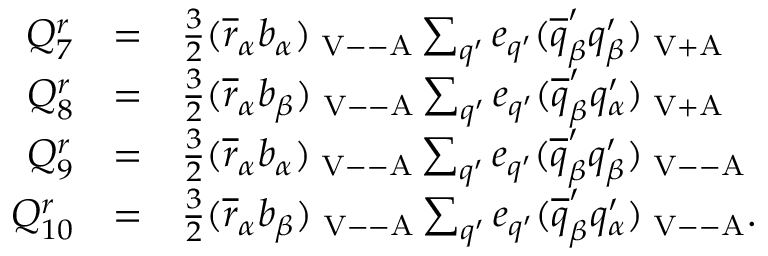
\begin{array} { r c l } { { Q _ { 7 } ^ { r } } } & { { = } } & { { \frac { 3 } { 2 } ( \overline { { { r } } } _ { \alpha } b _ { \alpha } ) _ { \mathrm { { \scriptsize ~ V - - A } } } \sum _ { q ^ { \prime } } e _ { q ^ { \prime } } ( \overline { { { q } } } _ { \beta } ^ { \prime } q _ { \beta } ^ { \prime } ) _ { \mathrm { { \scriptsize ~ V + A } } } } } \\ { { Q _ { 8 } ^ { r } } } & { { = } } & { { \frac { 3 } { 2 } ( \overline { { { r } } } _ { \alpha } b _ { \beta } ) _ { \mathrm { { \scriptsize ~ V - - A } } } \sum _ { q ^ { \prime } } e _ { q ^ { \prime } } ( \overline { { { q } } } _ { \beta } ^ { \prime } q _ { \alpha } ^ { \prime } ) _ { \mathrm { { \scriptsize ~ V + A } } } } } \\ { { Q _ { 9 } ^ { r } } } & { { = } } & { { \frac { 3 } { 2 } ( \overline { { { r } } } _ { \alpha } b _ { \alpha } ) _ { \mathrm { { \scriptsize ~ V - - A } } } \sum _ { q ^ { \prime } } e _ { q ^ { \prime } } ( \overline { { { q } } } _ { \beta } ^ { \prime } q _ { \beta } ^ { \prime } ) _ { \mathrm { { \scriptsize ~ V - - A } } } } } \\ { { Q _ { 1 0 } ^ { r } } } & { { = } } & { { \frac { 3 } { 2 } ( \overline { { { r } } } _ { \alpha } b _ { \beta } ) _ { \mathrm { { \scriptsize ~ V - - A } } } \sum _ { q ^ { \prime } } e _ { q ^ { \prime } } ( \overline { { { q } } } _ { \beta } ^ { \prime } q _ { \alpha } ^ { \prime } ) _ { \mathrm { { \scriptsize ~ V - - A } } } . } } \end{array}